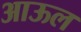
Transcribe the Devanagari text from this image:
आऊल